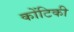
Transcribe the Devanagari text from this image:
कोंटिकी